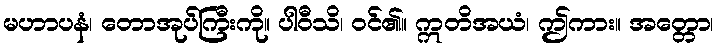
မဟာပနံ၊ တောအုပ်ကြီးကို။ ပါဝီသိ၊ ဝင်၏။ ဣတိအယံ၊ ဤကား။ အတ္တော၊